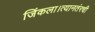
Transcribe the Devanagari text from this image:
जिंकला।त्यानतंरची